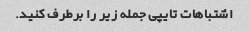
اشتباهات تایپی جمله زیر را برطرف کنید.